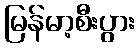
မြန်မာ့စီးပွား